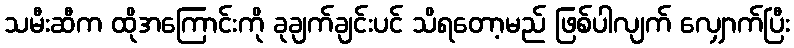
သမီးဆီက ထိုအကြောင်းကို ခုချက်ချင်းပင် သိရတော့မည် ဖြစ်ပါလျက် လျှောက်ပြီး